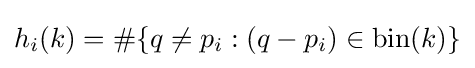
h_{i}(k)=\#\{q\neq p_{i}:(q-p_{i})\in {\mbox{bin}}(k)\}